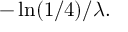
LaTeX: - \ln ( 1 / 4 ) / \lambda .